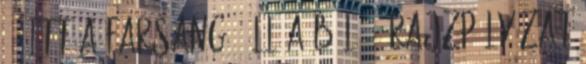
0 „ITT A FARSANG, ÁLL A BÁL” – RAJZPÁLYÁZAT